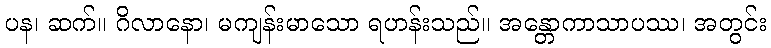
ပန၊ ဆက်။ ဂိလာနော၊ မကျန်းမာသော ရဟန်းသည်။ အန္တောကာသာပဿ၊ အတွင်း